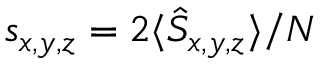
s _ { x , y , z } = 2 \langle \hat { S } _ { x , y , z } \rangle / N